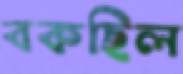
বকছিল